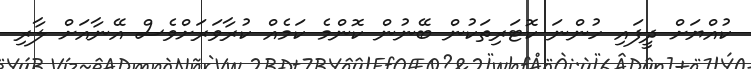
ކުއްޔަށް ދީފައި ހުންނަ ކޮޓަރިތަކުން ބޭނުން ކޮންމެ ކަމެއް ކުރާވަރަށްވެސް އޭނާއަށް ލާރި